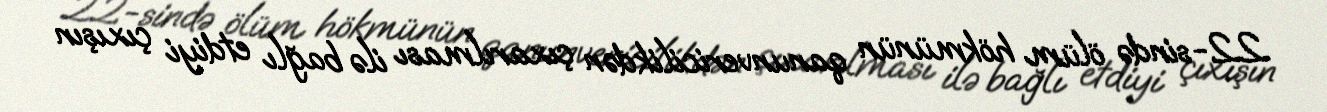
22-sində ölüm hökmünün qanunvericilikdən çıxarılması ilə bağlı etdiyi çıxışın